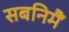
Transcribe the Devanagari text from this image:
सबनिमैं